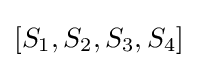
[S_{1},S_{2},S_{3},S_{4}]